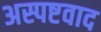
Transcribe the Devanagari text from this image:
अस्पष्टवाद